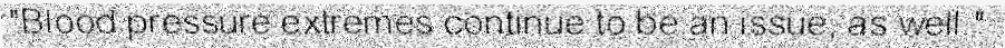
"Blood pressure extremes continue to be an issue, as well."